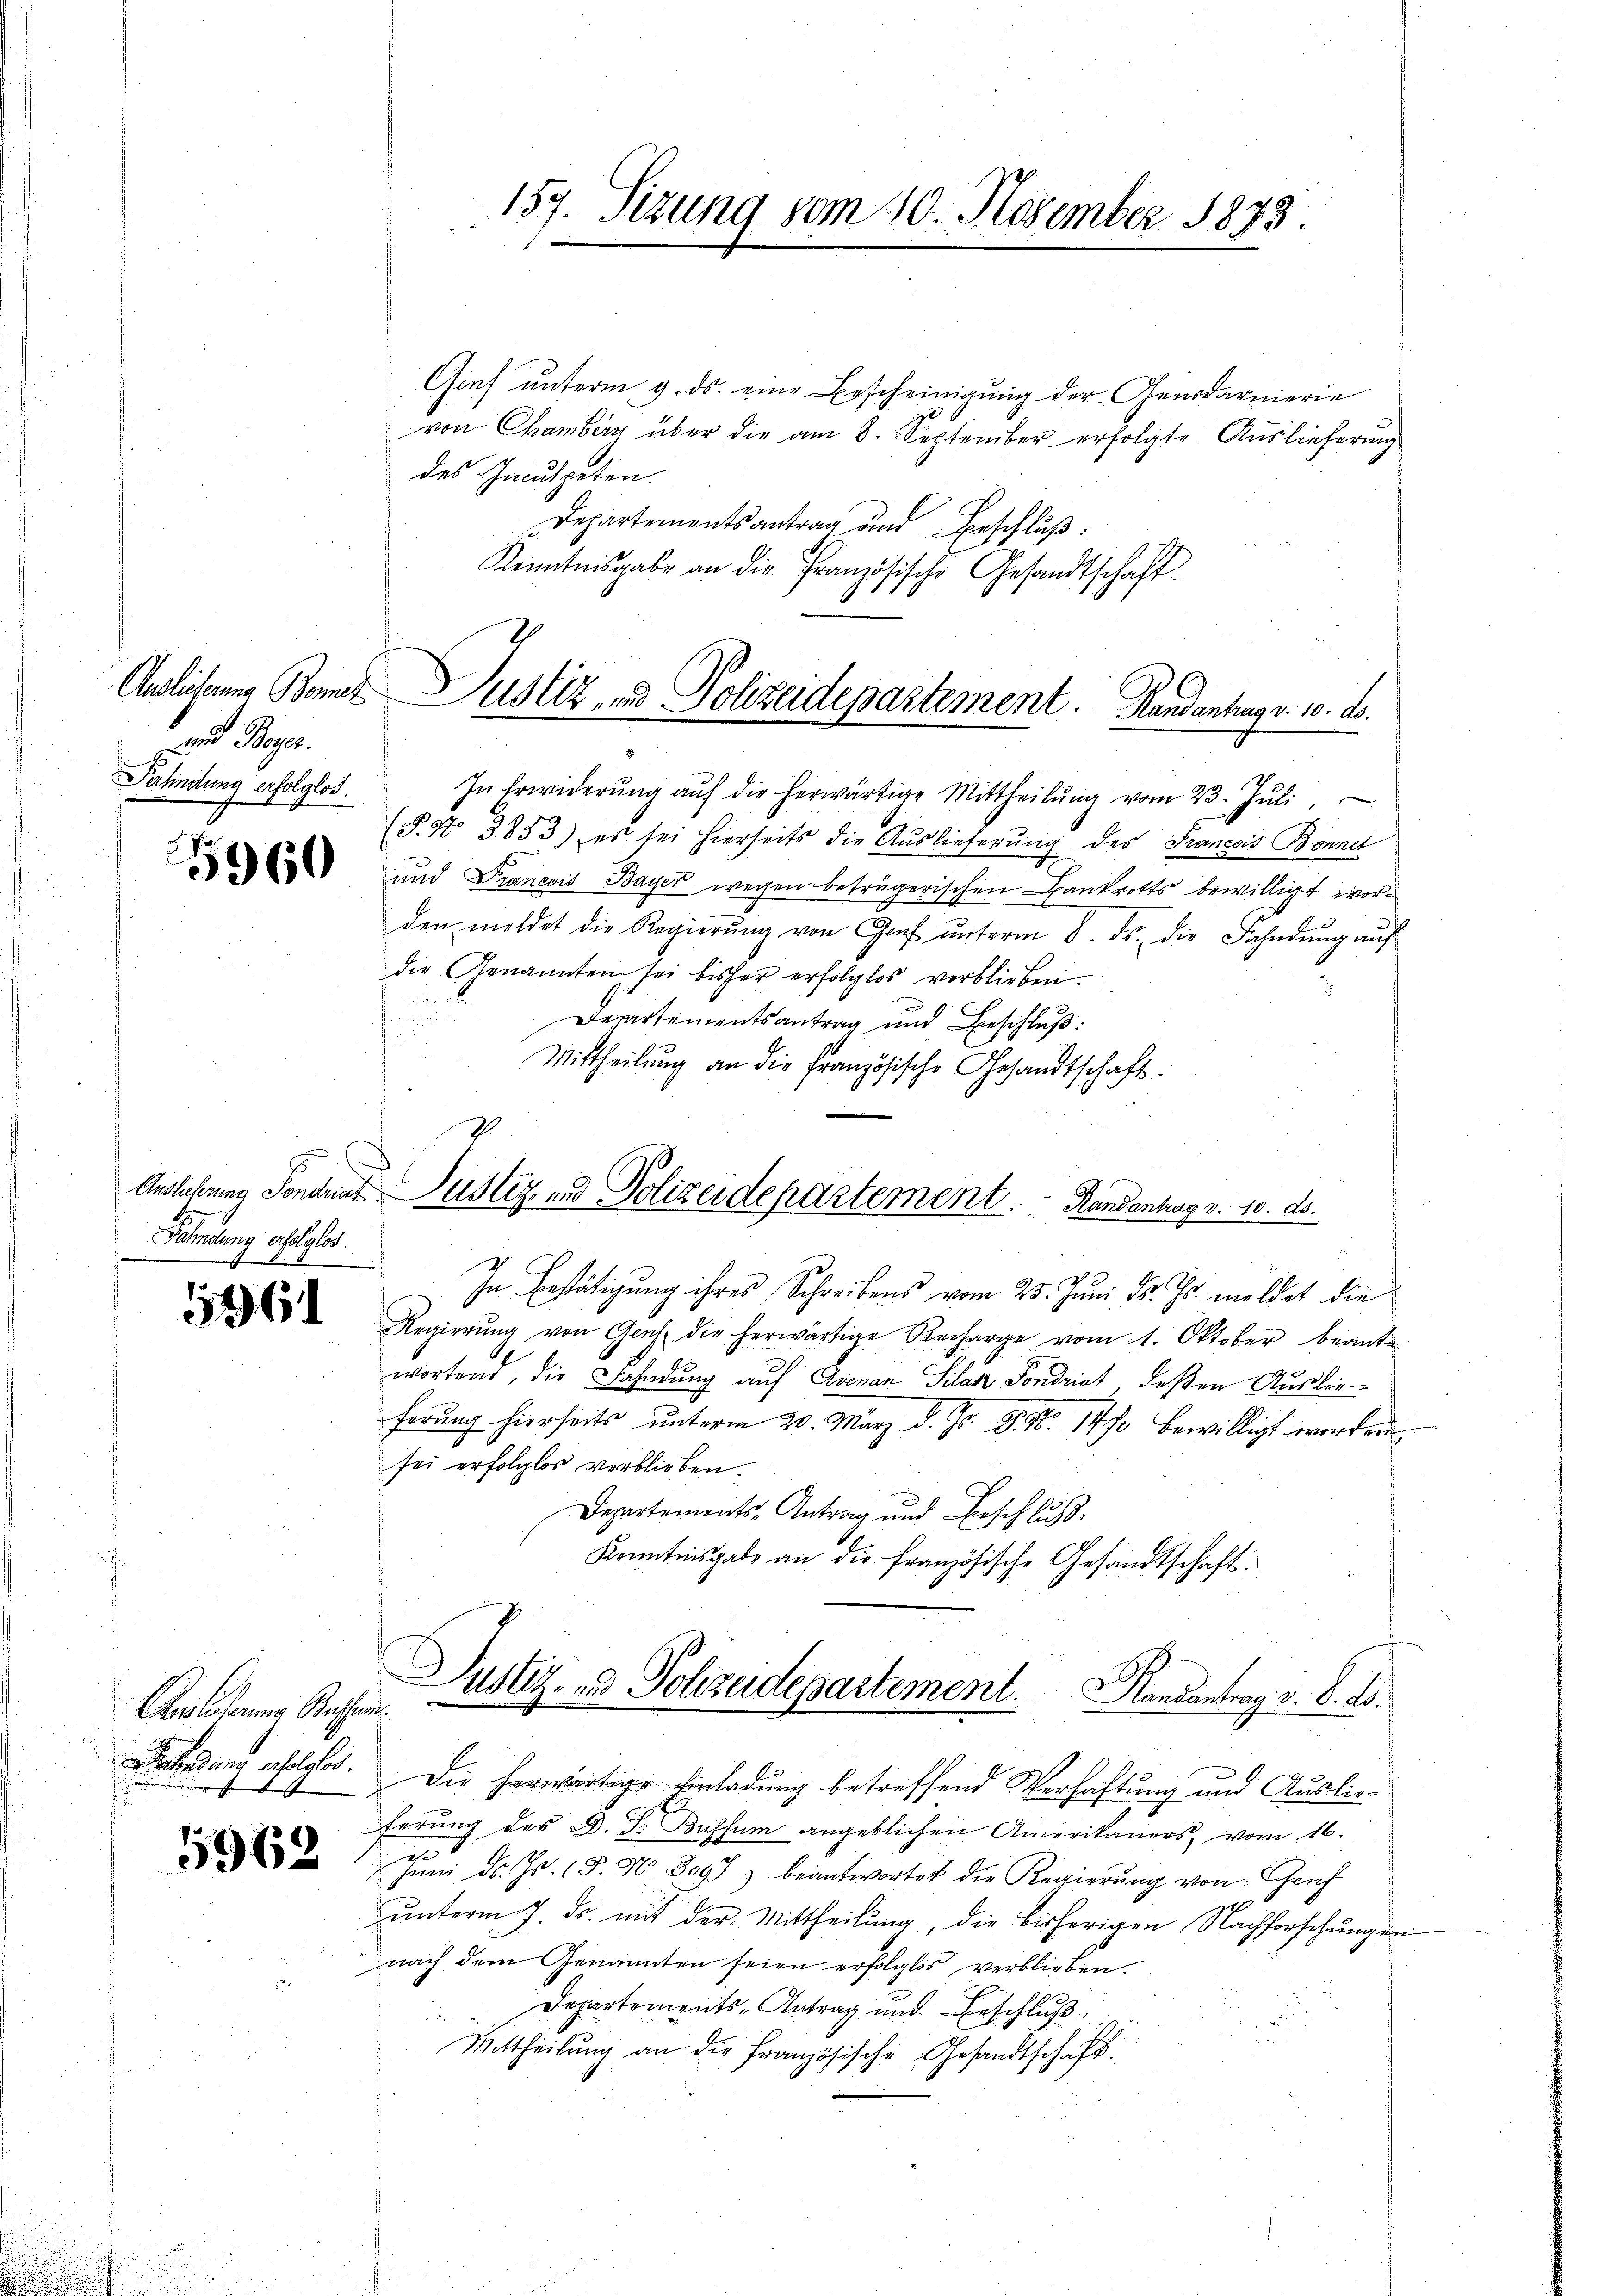
Auslicherung Bonet
und Bayer.
Fahndung erfolglos.

5960

Fahndung erfolglos.
1

5261

Auslieferung Bassen.
Beahndung erfolgter.
eunig vergehen

5962

157. Sizung vom 10. November 1873.

Gief unterm 9. ds. eine Bescheinigung der Gensdarmerie
von Chamberg über die am 8. September erfolgte Auslieferung
des Inculpeten.
Departementsantrag und Beschluß:
Kenntnisgabe an die Französische Gesandtschaft
In Erwiderŭng aŭf die herwärtige Mittheilŭng vom 23. Jŭli
(§. No 3853) es sei hierseits die Auslieferung des Francois Bonnet
und Praneois Bayer wegen beträgerischen Bankrotts bewilligt worden meldet die Regierŭng von Genf ŭnterm 8. ds. die Fahndŭng aŭf
die Genannten sei bisher erfolglos verblieben.
t
Departementsantrag und Beschluß:
Mittheilŭng an die französische Gesandtschaft.
Auslicherung Sonaria Justiz und Polizeidepartement. Handenburg v. 10. ds.
In Bestätigung ihres Schreibens vom 23. Juni d. Js. meldet die
Regierŭng von Genf die herwärtige Recharge vom 1. Oktober beante
wortend, die Fahndung auf Arenan Pilar Sondriat deßen Auslieferung hierseits unterm 20. März d. Js. 8. No. 1470 bewilligt worden
sei erfolglos verblieben.
Departements-Antrag und Beschluß.
Kenntnisgabe an die französische Gesandtschaft:

Justiz- & Polizeidepartement. Handenhang v. 10. ds.

Die herwärtige Einladung betreffend Verhaftung und Auslieferung des D. Dr. Bussum angeblichen Amerikaners, vom 16.
f
Juni d. Js. (T. N 8097) beantwortet die Regierŭng von Genf
unterm 7. ds. mit der Mittheilung, die bisherigen Nachforschungen
nach dem Genannten seien erfolglos verblieben
Departements-Antrag und Beschluß
Mittheilung an die französische Gesandtschaft.

Justiz- & Polizeidepartement . . . . . .   Randantrag v. 8. d.